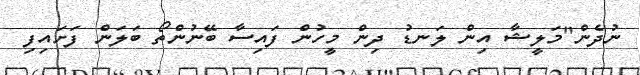
ނުދެން"މަލީޝާ އިން ލަނޑު ދިން މީހުން ފައިސާ ބޭނުންތޯ ބަލަން ފަށައިފި